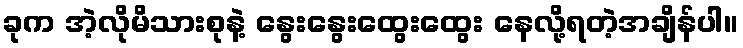
ခုက အဲ့လိုမိသားစုနဲ့ နွေးနွေးထွေးထွေး နေလို့ရတဲ့အချိန်ပါ။